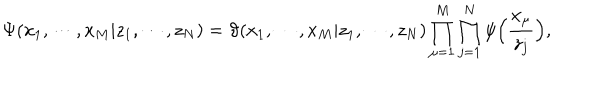
LaTeX: \Psi ( x _ { 1 } , \cdots , x _ { M } | z _ { 1 } , \cdots , z _ { N } ) = \vartheta ( x _ { 1 } , \cdots , x _ { M } | z _ { 1 } , \cdots , z _ { N } ) \prod _ { \mu = 1 } ^ { M } \prod _ { j = 1 } ^ { N } \psi \Bigl ( \frac { x _ { \mu } } { z _ { j } } \Bigr ) ,